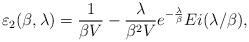
LaTeX: \begin{align*}\varepsilon_2(\beta,\lambda)= \frac{1}{\beta V}-\frac{\lambda}{\beta^2 V}e^{-\frac{\lambda}{\beta}}Ei(\lambda/\beta),\end{align*}